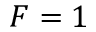
F = 1